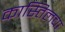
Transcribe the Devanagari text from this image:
कास्तिलचा